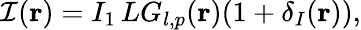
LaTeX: \mathcal{I}(\mathbf{r})=I_{1}\, LG_{l,p}(\mathbf{r})(1+\delta_{I}(\mathbf{r})),